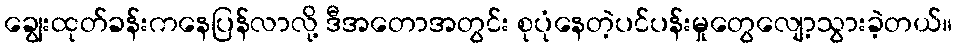
ချွေးထုတ်ခန်းကနေပြန်လာလို့ ဒီအတောအတွင်း စုပုံနေတဲ့ပင်ပန်းမှုတွေလျော့သွားခဲ့တယ်။